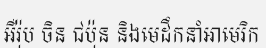
អឺរ៉ុប ចិន ជប៉ុន និងមេដឹកនាំអាមេរិក